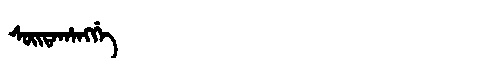
Manchu: ᠰᡠᡳᡨᠠᡥᠠᠩᡤᡝ
Romanization: SUITAHANGGE